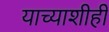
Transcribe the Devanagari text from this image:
याच्याशीही